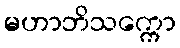
မဟာဘိသက္ကော